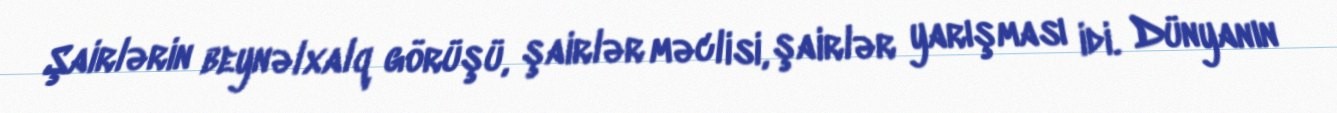
Şairlərin beynəlxalq görüşü, şairlər məclisi, şairlər yarışması idi. Dünyanın